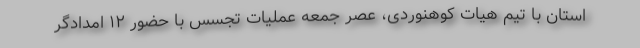
استان با تیم هیات کوهنوردی، عصر جمعه عملیات تجسس با حضور ١٢ امدادگر